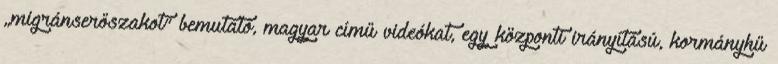
„migránserőszakot” bemutató, magyar című videókat, egy központi irányítású, kormányhű